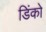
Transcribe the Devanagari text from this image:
डिंको